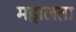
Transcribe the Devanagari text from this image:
महालता